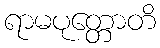
ရာမပုတ္တောတိ